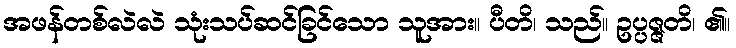
အဖန်တစ်လဲလဲ သုံးသပ်ဆင်ခြင်သော သူအား။ ပီတိ၊ သည်။ ဥပ္ပဇ္ဇတိ၊ ၏။